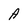
Character: A